Punjab Mental Hospital Lahore 1922-31 - 1922-1931
Year: 1922
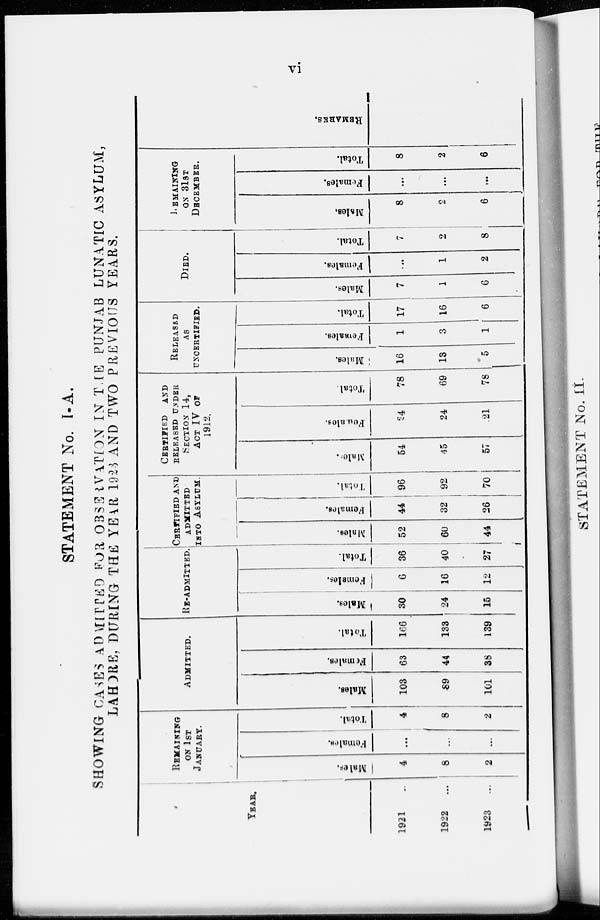
vi
STATEMENT No. I-A.
SHOWING CASES ADMITTED FOR OBSERVATION IN THE PUNJAB LUNATIC ASYLUM,
LAHORE, DURING THE YEAR 1923 AND TWO PREVIOUS YEARS.
YEAR.
1921 ...
1922
...
1923
...
REMAINING
ON 1ST
JANUARY.
Males.
4
8
2
Females.
...
...
...
Total.
4
8
2
ADMITTED.
Males.
103
89
101
Females.
63
44
38
Total.
166
133
139
RE-ADMITTED.
Males.
30
24
15
Females.
6
16
12
Total.
36
40
27
CERTIFIED AND
ADMITTED
INTO ASYLUM.
Males.
52
60
44
Females.
44
32
26
Total.
96
92
70
CERTIFIED
AND
RELEASED UNDER
SECTION 14,
ACT IV OF
1912.
Males.
54
45
57
Females.
24
24
21
Total.
78
69
78
RELEASED
AS
UNCERTIFIED.
Males.
16
13
5
Females.
1
3
1
Total.
17
16
6
DIED.
Males.
7
1
6
Females.
...
1
2
Total.
7
2
8
REMAINING
OF 31ST
DECEMBER.
Males.
8
2
6
Females.
...
...
...
Total.
8
2
6
REMARKS.